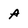
Character: A